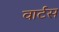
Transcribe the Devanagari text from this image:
वार्टस